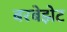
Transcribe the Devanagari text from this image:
बरबेझेट